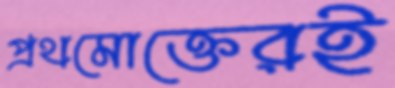
প্রথমোক্তেরই